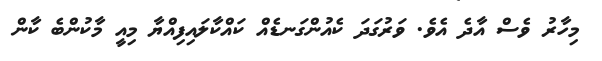
މިހާރު ވެސް އާދެ އެވެ. ވަރުގަދަ ކެއުންގަނޑެއް ކައްކާލައިފިއްޔާ މިއީ މާކުންބެ ކާން